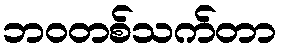
ဘဝတစ်သက်တာ